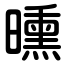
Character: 曛